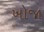
ખોજા